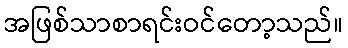
အဖြစ်သာစာရင်းဝင်တော့သည်။